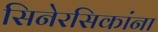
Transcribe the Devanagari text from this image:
सिनेरसिकांना